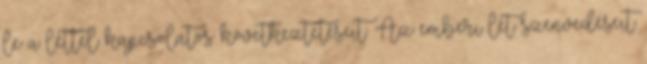
le a léttel kapcsolatos következtetéseit. Az emberi lét szenvedéseit